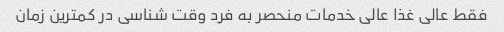
فقط عالی غذا عالی خدمات منحصر به فرد وقت شناسی در کمترین زمان